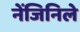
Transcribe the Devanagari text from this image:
नेंजिनिले